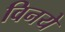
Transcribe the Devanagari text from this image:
विनये